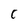
Character: C